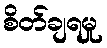
စိတ်ချရမှု